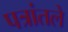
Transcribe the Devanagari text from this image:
पत्रांतले